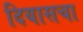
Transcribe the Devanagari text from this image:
दियासचा